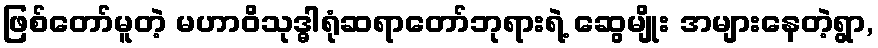
ဖြစ်တော်မူတဲ့ မဟာဝိသုဒ္ဓါရုံဆရာတော်ဘုရားရဲ့ ဆွေမျိုး အများနေတဲ့ရွာ,